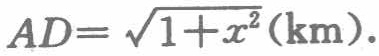
\(AD = \sqrt{1 + x^{2}}(\text{km})\)